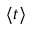
\langle t \rangle